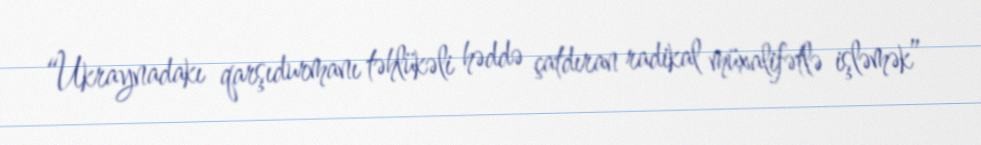
“Ukraynadakı qarşıdurmanı təhlükəli həddə çatdıran radikal müxalifətlə işləmək”